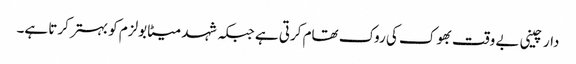
دار چینی بے وقت بھوک کی روک تھام کرتی ہے جبکہ شہد میٹابولزم کو بہتر کرتا ہے۔